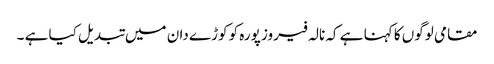
مقامی لوگوں کا کہنا ہے کہ نالہ فیروز پورہ کو کوڑے دان میں تبدیل کیا ہے ۔